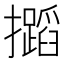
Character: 𢹡